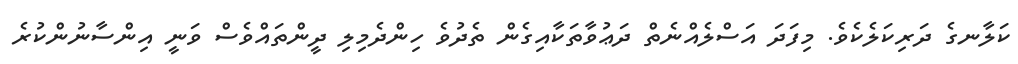
ކަލާނގެ ދަރިކަލެކެވެ. މިފަދަ އަސްލެއްނެތް ދަޢުވާތަކާއިގެން ތެދުވެ ހިންދެމިލި ދީންތައްވެސް ވަނީ އިންސާނުންކުރެ